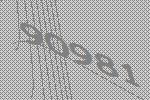
90981